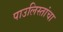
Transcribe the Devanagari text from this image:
पाउलिस्तांचा